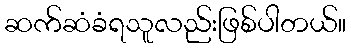
ဆက်ဆံခံရသူလည်းဖြစ်ပါတယ်။